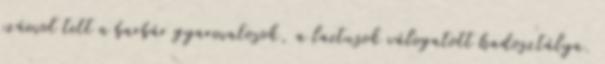
számot tett a barbár gyarmatosok, a laetusok válogatott hadosztálya.